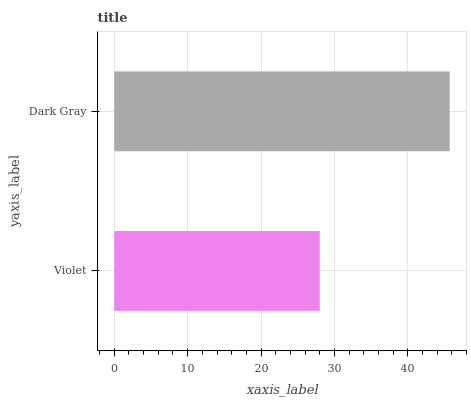
| yaxis_label | bars |
 | --- | --- |
 | Violet | 28 |
 | Dark Gray | 45.7 |